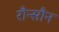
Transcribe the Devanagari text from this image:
रौन्सौन